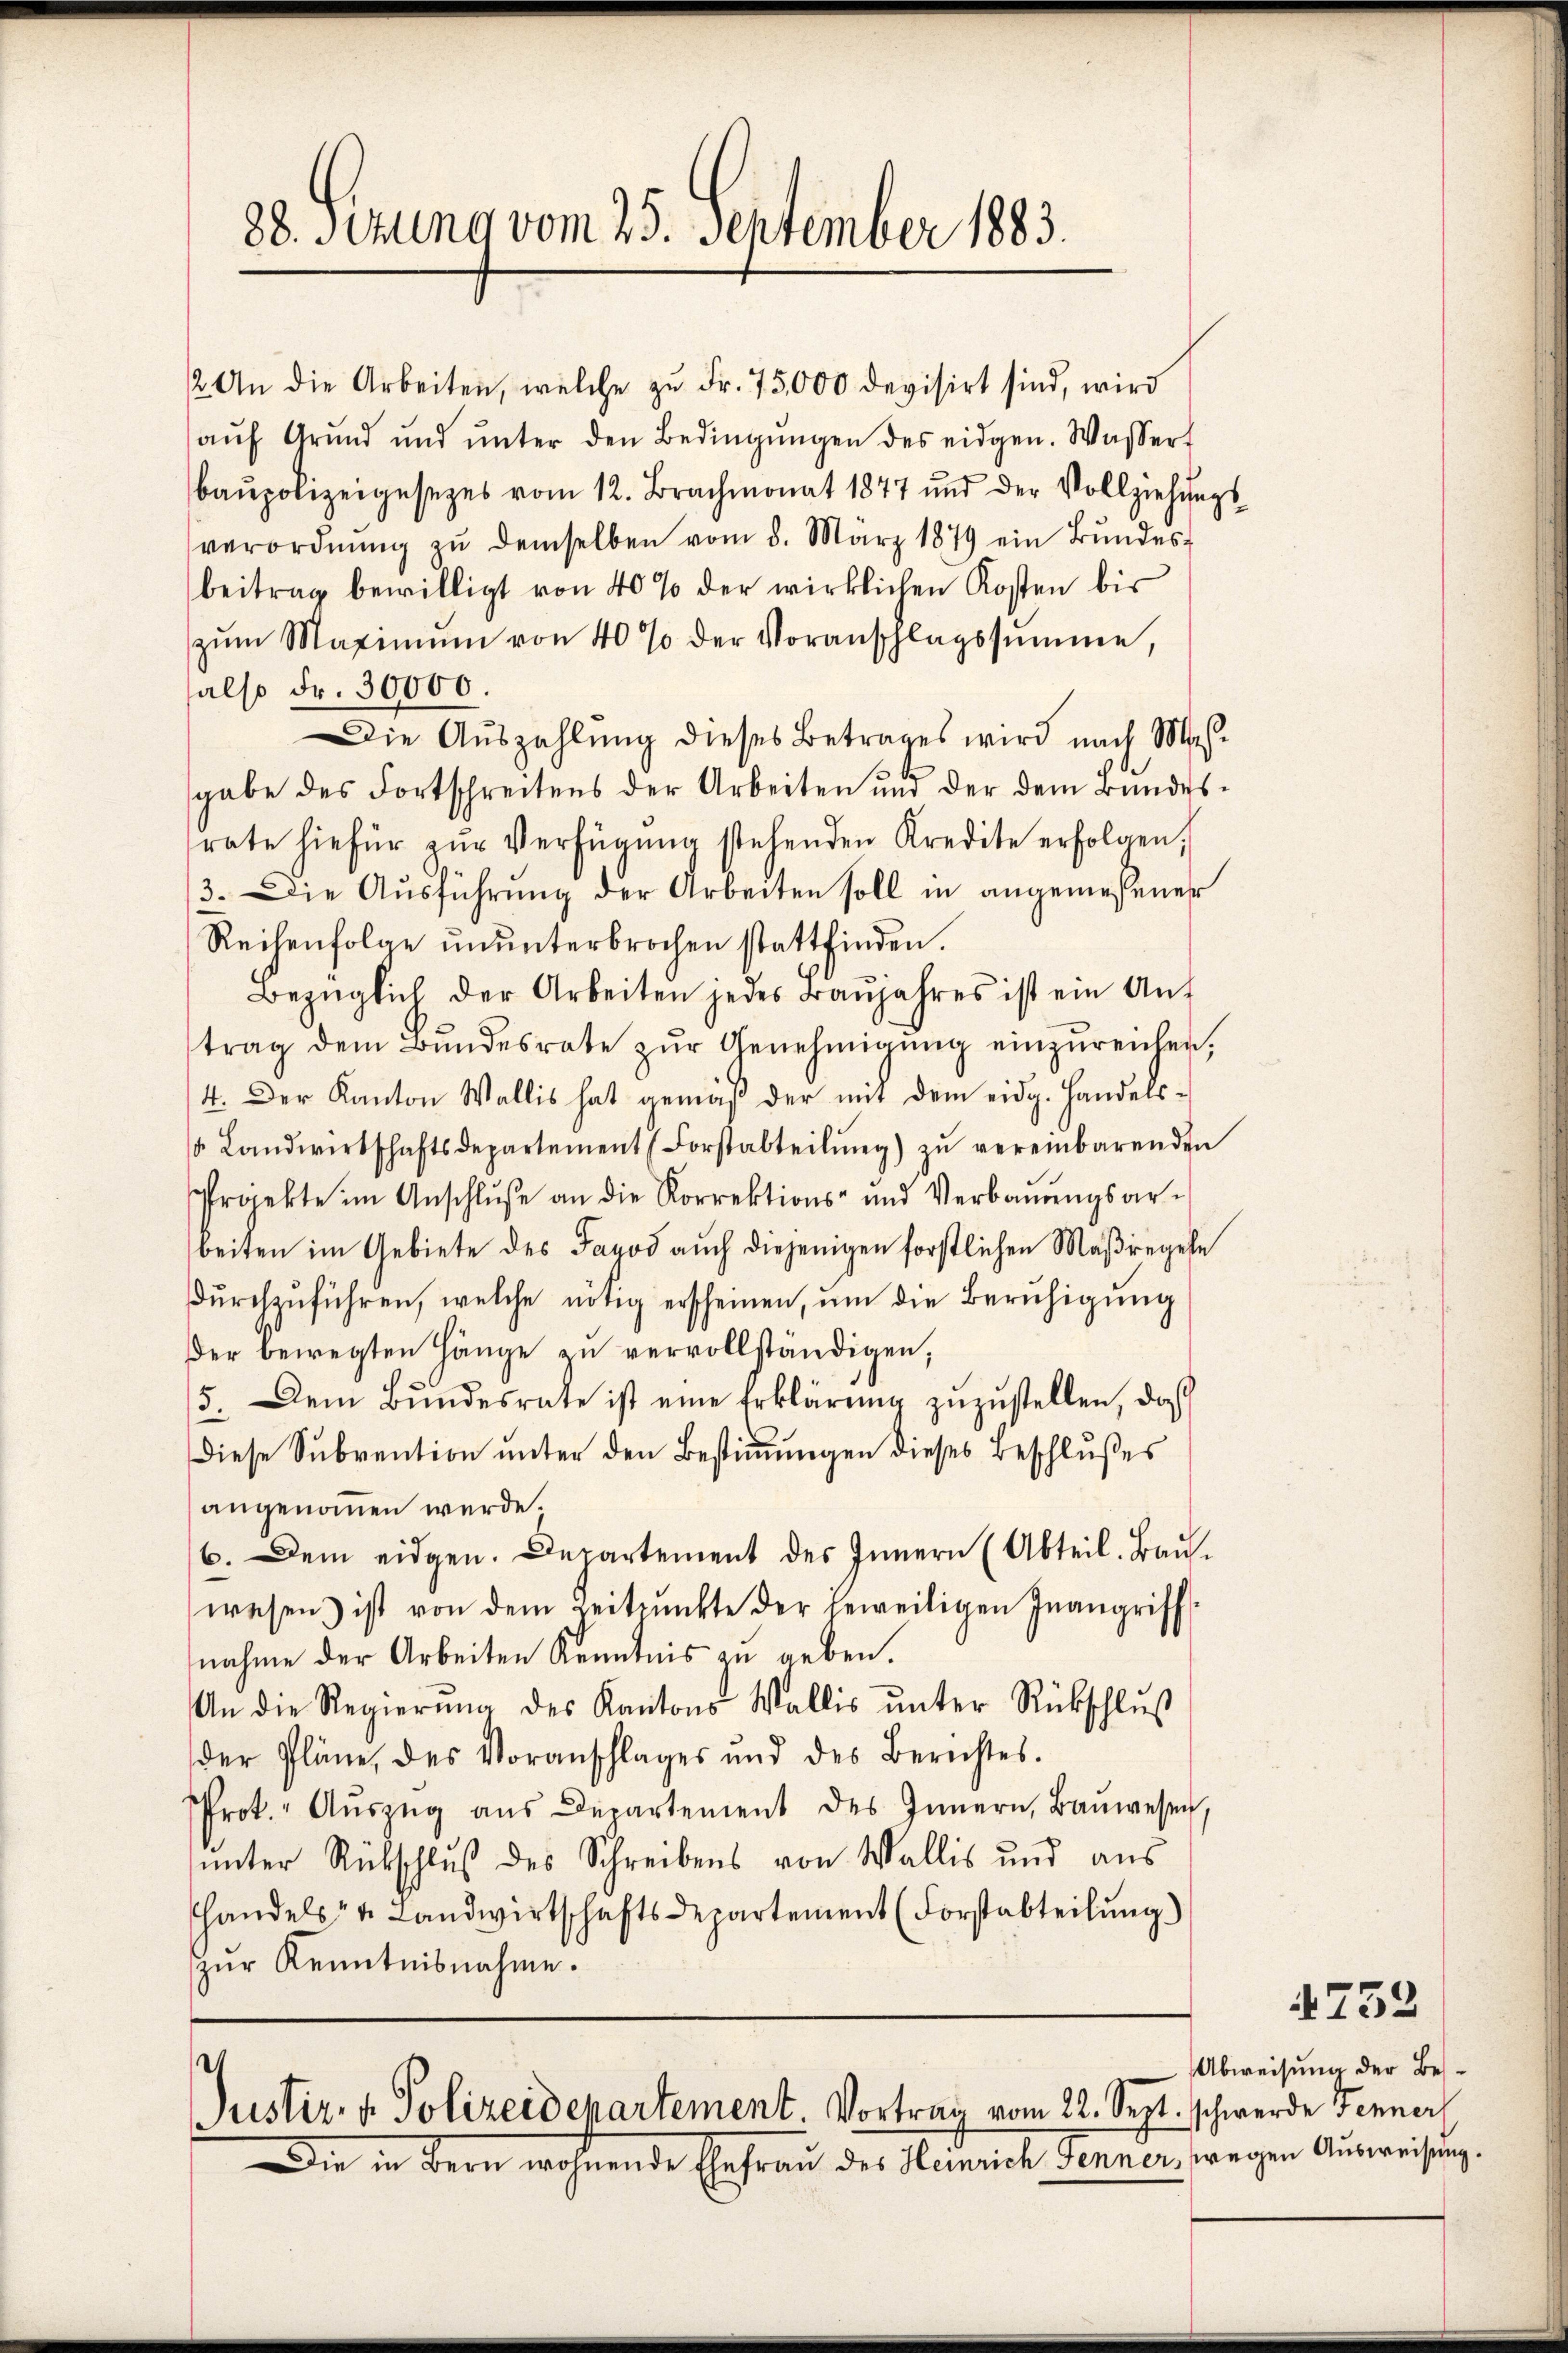
88. Sitzung vom 25. September 1883.

2. An die Arbeiten, welche zŭ Fr. 75,000 devisirt sind, wird
aŭf Grŭnd und ŭnter den Bedingŭngen des eidgen. Wassert
baŭpolizeigesezes vom 12. Brachmonat 1877 und der Vollziehŭng
verordnŭng zŭ demselben vom 8. März 1879 ein Bŭndes-
beitrag bewilligt von 40% der wirklichen Kosten bis
zŭm Maximŭm von 40% der Voranschlagssumme,
also Fr. 30000.
Die Aŭszahlŭng dieses Betrages wird nach Mas-
gabe des Fortschreitens der Arbeiten und der dem Bundes
rate hiefür zŭr Verfügŭng stehenden Kredite erfolgen,
3. Die Aŭsführŭng der Arbeiten soll in angemessener
Reihenfolge ŭnŭnterbrochen stattfinden.
Bezüglich der Arbeiten jedes Baŭjahres ist ein Aŭf
trag dem Bŭndesrate zŭr Genehmigŭng einzŭreichen,
4. Der Kanton Wallis hat gemäß der mit dem eidg. Handelss Landwirtschaftsdepartement (Forstabteilŭng zŭ vereinbarenden
Projekte im Anschlŭβe an die Korrektions- und Verbaŭŭngsar-
beiten im Gebiete des Jagod auch diejenigen forstlichen Maßregele
dŭrchzuführen, welche nötig erscheinen, um die Beruhigung
der bewegten Hänge zŭ vervollständigen,
5. Dem Bŭndesrate ist eine Erklärŭng zŭzŭstellen, daß
Diese Subvention unter den Bestimmungen dieses Beschlußes
angenommen werde.
6. Dem eidgen. Departement des Innern (Abteil. Baŭ-
wesen ist von dem Zeitpunkte der jeweiligen Inangriff-
nahme der Arbeiten Kenntnis zu geben.
An die Regierŭng des Kantons Wallis ŭnter Rückschluß
der Pläne, des Voranschlages und des Berichtes.
Prot. Aŭszŭg aŭs Departement des Innern, Baŭwesen,
ŭnter Rückschlŭβ des Schreibens von Wallis und aŭs
handels- u. Landwirtschaftsdepartement (Forstabteilung)
zŭr Kenntnisnahme.
e
Justiz- & Polizeidepartement. Vortrag vom 22. Sept. schwerde Fenner
Die in Bern wohnende Ehefrau des Heinrich Jenner, wegen Ausweisung

4732

Abweisung der Bes¬